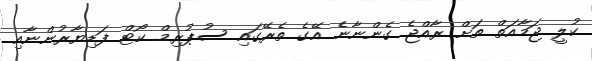
ކުލީ ޖަމާއަތް ތަށް ރާއްޖެ ގެންނާނެ އޭގެ ތެރޭގައި ސުޕުރިމް ކޯޓް ފަޑިޔާރުންނާއި